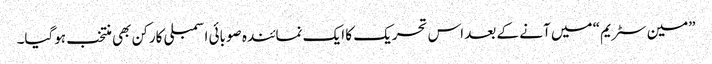
”مین سٹریم“ میں آنے کے بعد اس تحریک کا ایک نمائندہ صوبائی اسمبلی کارکن بھی منتخب ہوگیا۔